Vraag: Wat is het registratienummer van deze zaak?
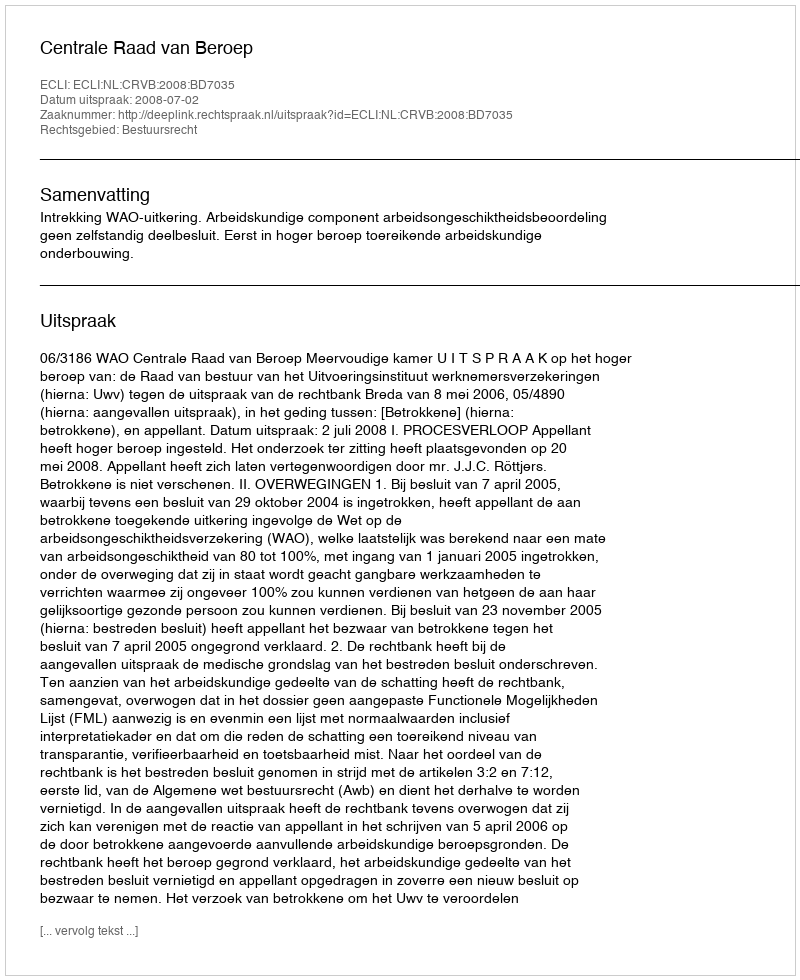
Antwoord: http://deeplink.rechtspraak.nl/uitspraak?id=ECLI:NL:CRVB:2008:BD7035